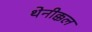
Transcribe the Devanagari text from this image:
थेनीक्कल